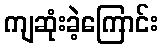
ကျဆုံးခဲ့ကြောင်း